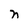
Character: n